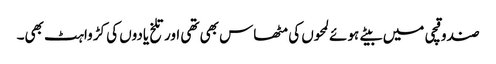
صندوقچی میں بیتے ہوئے لمحوں کی مٹھاس بھی تھی اور تلخ یادوں کی کڑواہٹ بھی۔